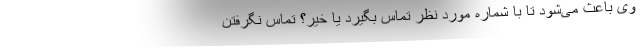
وی باعث می‌شود تا با شماره مورد نظر تماس بگیرد یا خیر؟ تماس نگرفتن